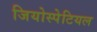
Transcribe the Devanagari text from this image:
जियोस्पेटियल